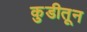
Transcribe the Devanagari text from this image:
कुडीतून